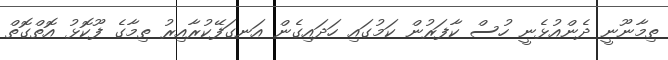
ތިމާނޫނީ ދެންއުޅެނީ ހުސް ކާފަރުން ކަމުގައި ހަދައިގެން އަނގަފޭކުރާއިރު ތިމާގެ ފޫކޮޅު އޮތްގޮތް